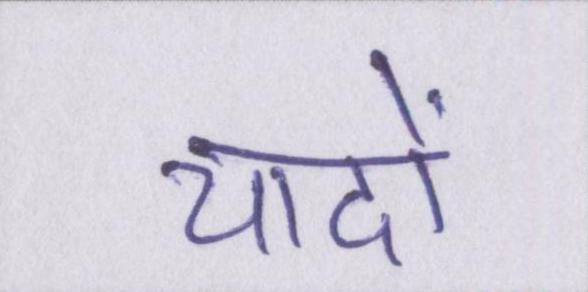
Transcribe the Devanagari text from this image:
यादों